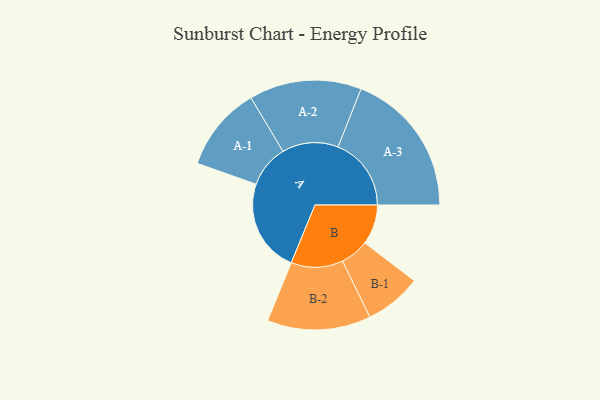
{"axis": {"x": "Segment", "y": "Value"}, "legend": ["", "A", "B"], "data": [{"x": "A", "y": 367, "type": ""}, {"x": "B", "y": 157, "type": ""}, {"x": "A-1", "y": 167, "type": "A"}, {"x": "A-2", "y": 221, "type": "A"}, {"x": "A-3", "y": 288, "type": "A"}, {"x": "B-1", "y": 112, "type": "B"}, {"x": "B-2", "y": 204, "type": "B"}]}